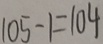
1 0 5 - 1 = 1 0 4